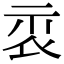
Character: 𥘖